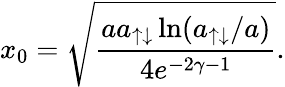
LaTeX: x_{0}=\sqrt{\frac{aa_{\uparrow\downarrow}\ln(a_{\uparrow\downarrow}/a)}{4e^{-2\gamma-1}}}.